Vaccine operations Central Provinces 1900-1911 - 1900-1911
Year: 1900
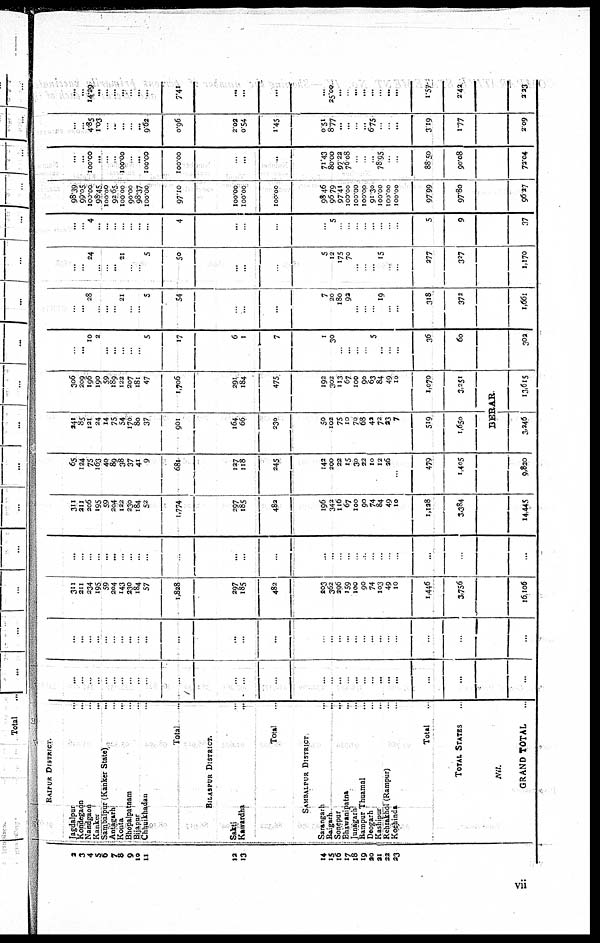
2
3
4
5
6
7 8
9
10
11
12
13
14
15
16
17
18
19
20
21
22
23
RAIPUR DISTRICT.
Jagdalpur ...
Kondegaon ...
Nandgaon ...
Kanker
...
Sambalput (Kanker State) ...
Antagarh ...
Konta ...
Bhopalpatnam ...
Bijapar ...
Chhuikhadan ...
Total
BILASPUR DISTRICT.
Satkti ...
Kawardha
...
Total
SAMBALPUR DISTRICT
Sarangarh
...
Raigarh
...
Sonepur
...
Bhawanipatna
...
Junagarh ...
Rampur Thuamal ...
Deogarh ...
Kashipur ...
Rehrakhol (Rampur) ...
Kochinda ...
Total
TOTAL STATES
Nil.
GRAND TOTAL
...
...
...
....
...
...
...
...
...
...
..
...
...
...
...
...
..
...
..
...
...
...
...
...
...
...
...
...
...
...
...
...
...
...
...
...
...
...
...
...
. ..
...
...
...
...
...
...
...
...
..
...
...
...
...
311
211
234
195
59
204
143
230
184
57
1,828
297
185
482
203
362
296
159
100
90
74
103
49
10
1,446
3,756
16,106
...
...
...
...
...
...
...
...
...
...
...
...
...
...
...
...
...
...
.
...
..
...
...
...
...
...
...
311
211
206
195
59
204
122
230
184
52
1,774
297
185
482
196
342
116
67
100
90
74
84
49
10
1,128
3,384
14,445
65
124
75
163
40
89
38
37
41
9
681
127
118
245
142
200
22
15
30
22
10
12
26
...
479
1,405
9,820
241
85
121
24
14
75
54
170
80
37
901
164
66
230
50
102
75
10
70
68
42
72
23
7
519
1,650
306
209
196
190
59
189
122
207
181
47
1,706
291
184
475
192
302
113
67
100
90
63
84
49
10
1,070
3,251
BERAR
3,246
13,615
...
...
10
2
...
...
...
...
...
5
17
6
1
7
1
30
...
...
...
...
5
...
...
...
36
60
302
...
...
28
..
...
...
21
.
...
5
54
...
...
...
7
20
180
92
...
...
...
19
...
...
319
372
1,661
...
...
24
...
...
...
21
...
...
5
50
...
...
...
5
12
175
70
...
...
...
15
...
...
277
327
1,170
...
...
4
...
...
...
...
...
...
...
4
...
..
...
...
5
...
..
...
...
...
...
...
...
5
9
37
98.39
99.05
100.00
98.45
100.00
92.65
100.00
90.00
98.37
100.00
97.10
100.00
100.00
100.00
98.46
96.79
97.41
100.00
100.00
100.00
91.30
100.00
100.00
100.00
97.99
97.80
96.7
...
...
100.00
...
...
...
100.00
...
...
100.00
100.00
...
...
...
71.43
80.00
97.22
76.08
...
...
...
78.95
...
..
88.50
90.08
72.04
...
...
4.85
1.03
...
...
...
...
...
9.62
0.96
2.02
0.54
1.45
0.51
8.77
...
...
...
...
6.75
.
...
...
3.19
1.77
2.09
...
...
14.29
...
...
...
...
...
...
...
7.41
...
...
...
...
25.00
...
...
...
...
...
...
...
...
1.57
2.42
2.23
vii